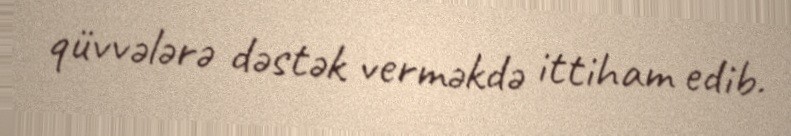
qüvvələrə dəstək verməkdə ittiham edib.